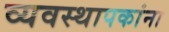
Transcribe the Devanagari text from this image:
व्यवस्थापकांना